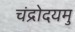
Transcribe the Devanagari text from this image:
चंद्रोदयमु